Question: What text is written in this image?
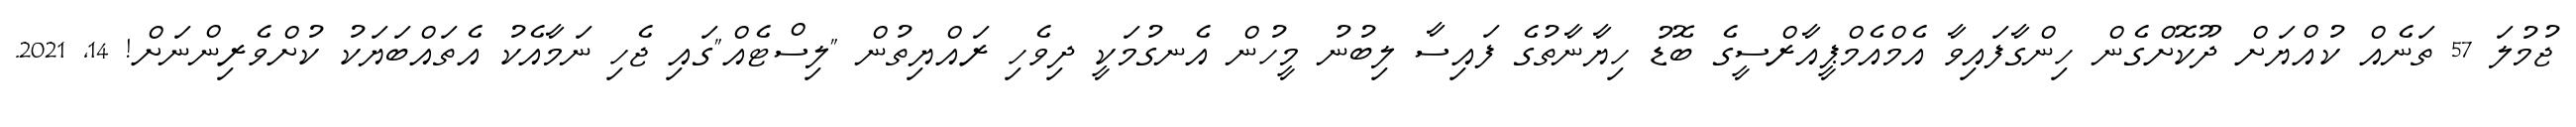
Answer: ޖުމުލަ 57 ތަނެއް ކުއްޔަށް ދޫކޮށްގެން ހިންގާފައިވާ އެމްއެމްޕީއާރްސީގެ ބޮޑު ހިޔާނާތުގެ ފައިސާ ލިބުނު މީހުން އެނގުމަކީ ދިވެހި ރައްޔިތުން "ލިސްޓެއް"ގައި ޖެހި ނަމާއެކު އެތައްބަޔަކު ކުށްވެރިންނަށް! 14, 2021.